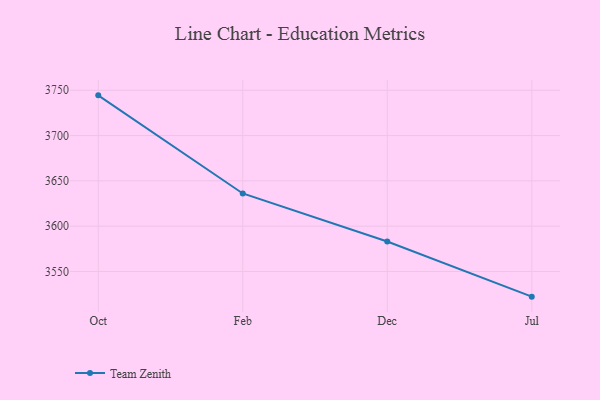
{"axis": {"x": "Month", "y": "Conversion Rate (%)"}, "legend": ["Team Zenith"], "data": [{"x": "Oct", "y": 3744.4, "type": "Team Zenith"}, {"x": "Feb", "y": 3636.1, "type": "Team Zenith"}, {"x": "Dec", "y": 3583.1, "type": "Team Zenith"}, {"x": "Jul", "y": 3522.2, "type": "Team Zenith"}]}